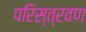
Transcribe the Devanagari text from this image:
परिस्त्रवण